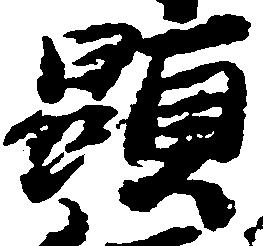
顕